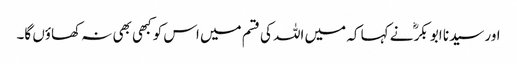
اور سیدنا ابو بکرؓ نے کہا کہ میں اللہ کی قسم میں اس کو کبھی بھی نہ کھاؤں گا۔